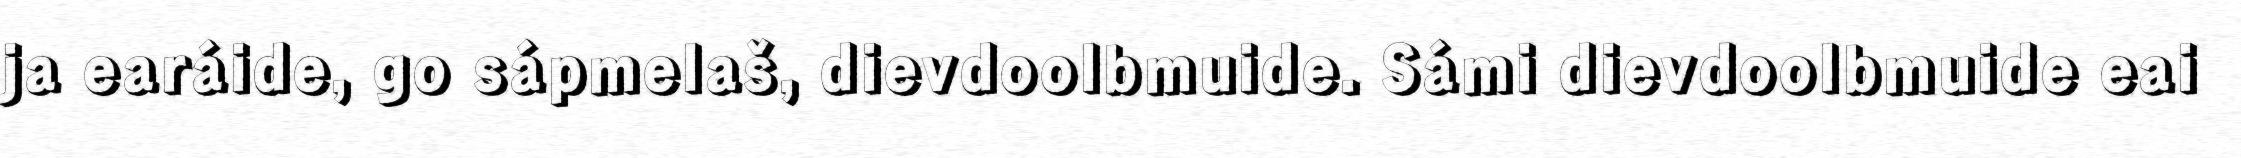
ja earáide, go sápmelaš, dievdoolbmuide. Sámi dievdoolbmuide eai